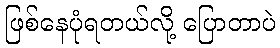
ဖြစ်နေပုံရတယ်လို့ ပြောတာပဲ